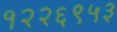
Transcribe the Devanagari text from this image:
१२२६९५३